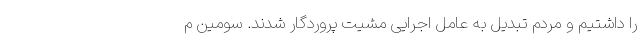
را داشتیم و مردم تبدیل به عامل اجرایی مشیت پروردگار شدند. سومین م